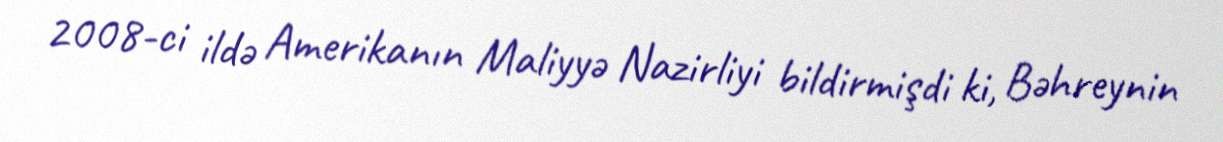
2008-ci ildə Amerikanın Maliyyə Nazirliyi bildirmişdi ki, Bəhreynin